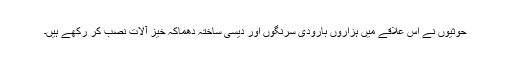
حوثیوں نے اس علاقے میں ہزاروں بارودی سرنگوں اور دیسی ساختہ دھماکہ خیز آلات نصب کر رکھے ہیں۔